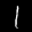
Label: 1